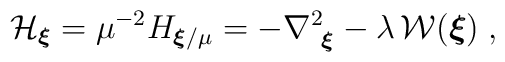
{\mathcal H}_{ { \mbox{\boldmath $ \scriptstyle{\xi}$}}   }= \mu^{-2} H_{\mbox{\boldmath $\scriptstyle{ \xi}$}/\mu }=- \nabla_{ \mbox{ \boldmath $\scriptstyle{ \xi}$} }^2- \lambda \, {\mathcal W}( \mbox{\boldmath $ \xi$})\;  ,